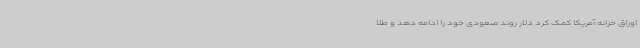
اوراق خزانه آمریکا کمک کرد دلار روند صعودی خود را ادامه دهد و طلا